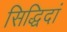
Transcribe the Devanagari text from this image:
सिद्धिदां